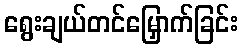
ရွေးချယ်တင်မြှောက်ခြင်း